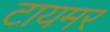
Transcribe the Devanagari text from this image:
टायमर